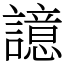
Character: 譩